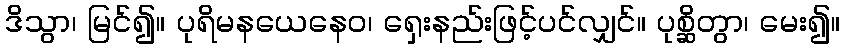
ဒိသွာ၊ မြင်၍။ ပုရိမနယေနေဝ၊ ရှေးနည်းဖြင့်ပင်လျှင်။ ပုစ္ဆိတွာ၊ မေး၍။